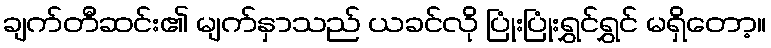
ချက်တီဆင်း၏ မျက်နှာသည် ယခင်လို ပြုံးပြုံးရွှင်ရွှင် မရှိတော့။